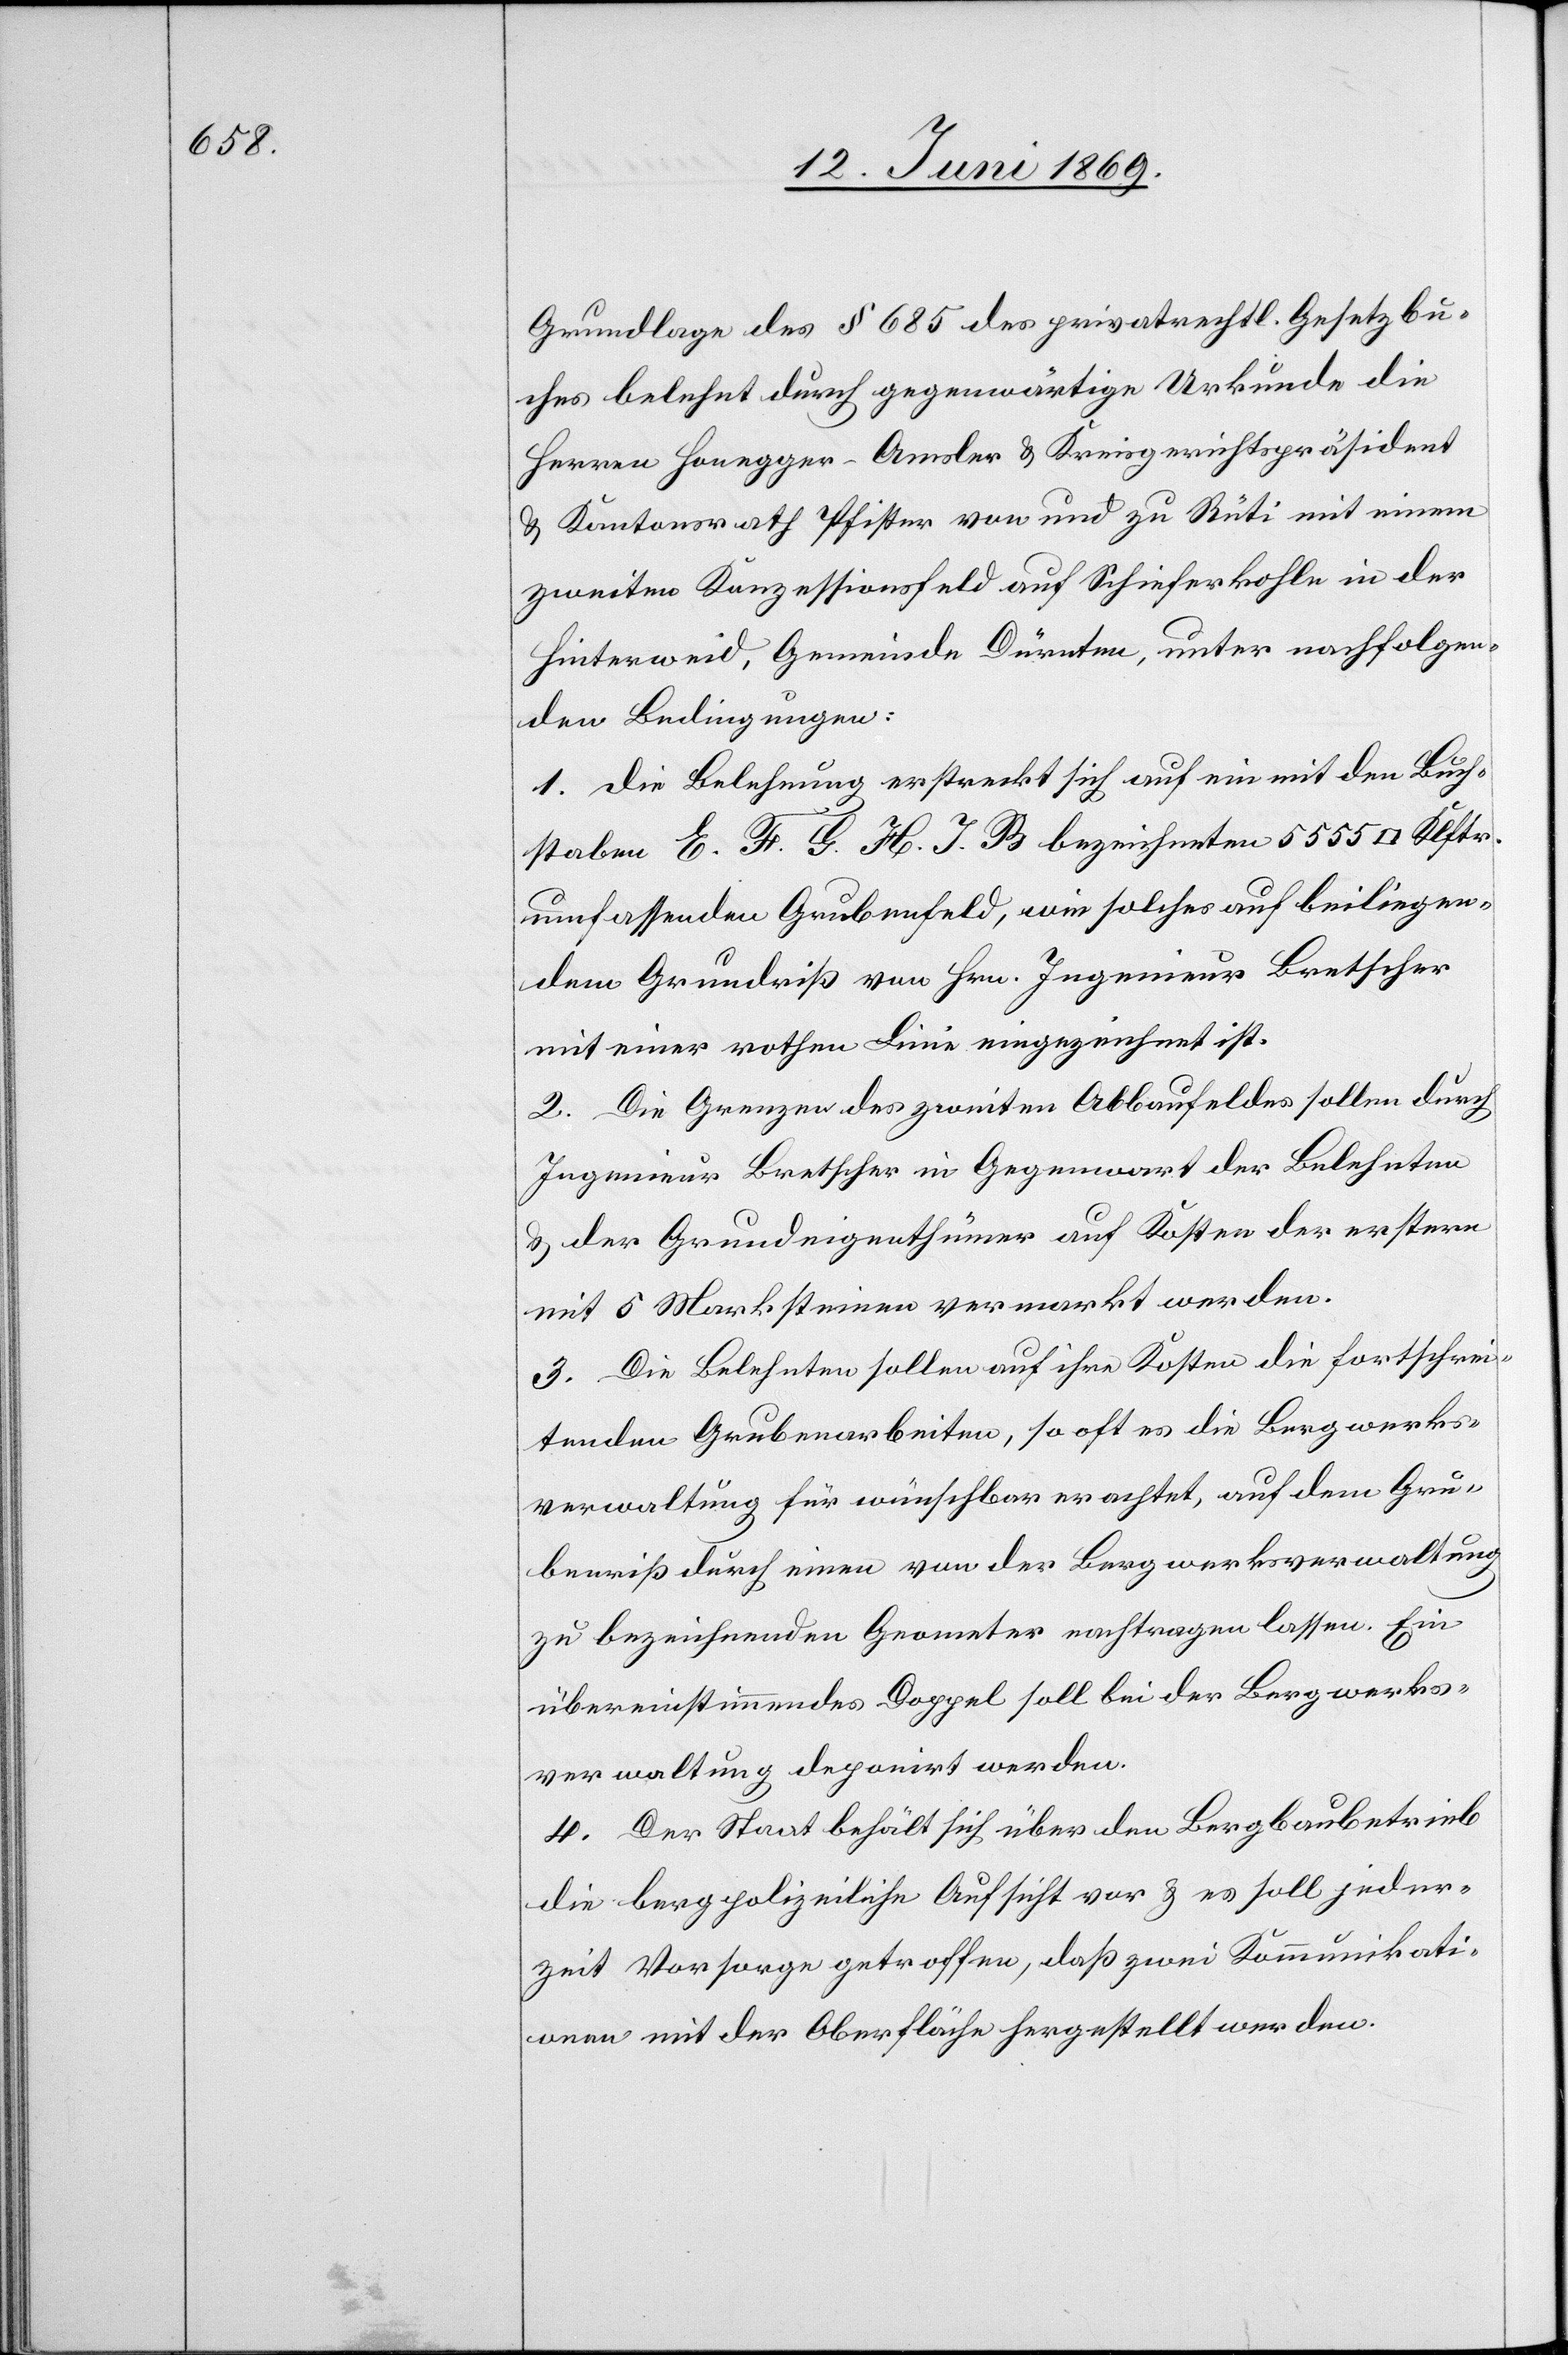
Grundlage des § 685 des privatrechtl. Gesetzbu¬
ches belehnt durch gegenwärtige Urkunde die
Herren Honegger-Amsler u. Kreisgerichtspräsident
u. Kantonsrath Pfister von und zu Rüti mit einem
zweiten Konzessionsfeld auf Schieferkohle in der
Hinterweid, Gemeinde Dürnten, unter nachfolgen¬
den Bedingungen:
1. Die Belehnung erstreckt sich auf eine mit den Buch¬
staben E. F. G. H. J. B bezeichneten 5555 [Quadrat]
umfassenden Grubenfeld, wie solches auf beiliegen¬
dem Grundriß von Hrn. Ingenieur Bretscher
mit einer rothen Linie eingezeichnet ist.
2. Die Grenzen des zweiten Abbaufeldes sollen durch
Ingenieur Bretscher in Gegenwart der Belehnten
u. der Grundeigenthümer auf Kosten der erstern
mit 5 Marksteinen vermarkt werden.
3. Die Belehnten sollen auf ihre Kosten die fortschrei¬
tenden Grubenarbeiten, so oft es die Bergwerks¬
verwaltung für wünschbar erachtet, auf dem Gru¬
benriß durch einen von der Bergwerksverwaltung
zu bezeichnenden Grometer nachtragen lassen. Ein
übereinstimmendes Doppel soll bei der Bergwerks¬
verwaltung deponirt werden.
4. Der Staat behält sich über den Bergbaubetrieb
die bergpolizeiliche Aufsicht vor u. es soll jeder¬
zeit Vorsorge getroffen, daß zwei Kommunikati¬
onen mit der Oberfläche hergestellt werden.